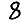
Digit: 8